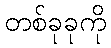
တစ်ခုခုကို